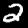
Digit: 2